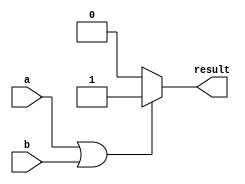
module if_else_logical_or (
    input wire a,
    input wire b,
    output reg result
);

always @*
begin
    if (a || b) // Using logical OR operator
        result = 1; // Executes if condition is true
    else
        result = 0; // Executes if condition is false
end

endmodule